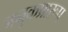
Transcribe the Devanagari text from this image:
जनुकप्रारूप